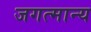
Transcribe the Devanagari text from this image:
जगत्मान्य